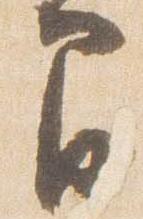
間